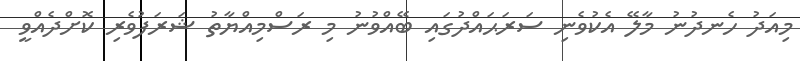
މިއަދު ހެނދުނު މާލޭ އެކުވެނި ސަރަޙައްދުގައި ބޭއްވުނު މި ރަސްމިއްޔާތު ޝަރަފުވެރި ކޮށްދެއްވީ